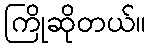
ကြိုဆိုတယ်။